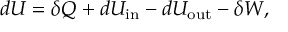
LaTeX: d U = \delta Q + d U _ { \mathrm { i n } } - d U _ { \mathrm { o u t } } - \delta W ,